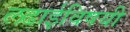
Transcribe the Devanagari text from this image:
लढाईविषयी